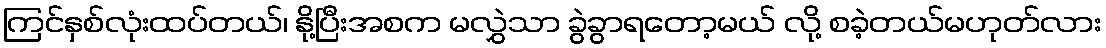
ကြင်နှစ်လုံးထပ်တယ်၊ နို့ပြီးအစက မလွှဲသာ ခွဲခွာရတော့မယ် လို့ စခဲ့တယ်မဟုတ်လား